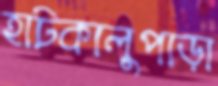
হাটকালুপাড়া